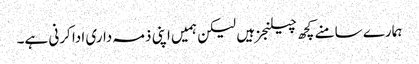
ہمارے سامنے کچھ چیلنجز ہیں لیکن ہمیں اپنی ذمہ داری ادا کرنی ہے۔